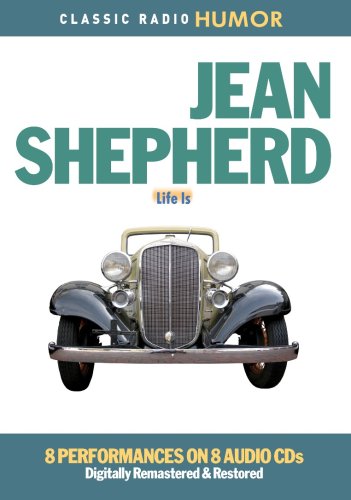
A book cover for Jean Shepherd: Life Is (Classic Radio Humor); Jean Shepherd; Humor & Entertainment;